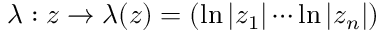
\lambda : z \rightarrow \lambda ( z ) = ( \ln | z _ { 1 } | \cdots \ln | z _ { n } | )